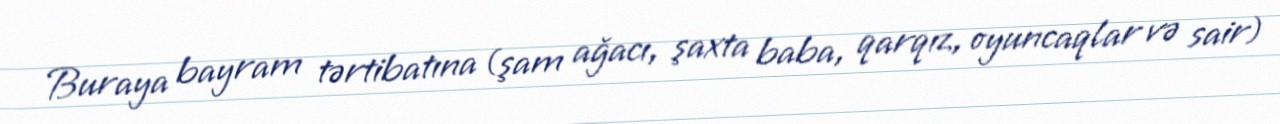
Buraya bayram tərtibatına (şam ağacı, şaxta baba, qarqız, oyuncaqlar və sair)